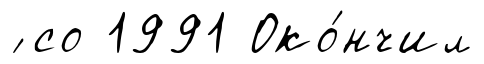
́ со 1991 Око́нчил